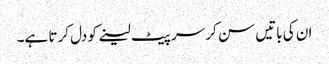
ان کی باتیں سن کر سر پیٹ لینے کو دل کرتا ہے۔